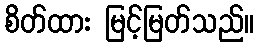
စိတ်ထား မြင့်မြတ်သည်။